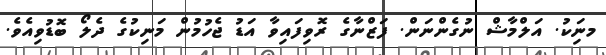
މނަިކު. އަލްމާޝް ނުގެންނަން. ފަޒްނާގެ ރޮވިފައިވާ އަޑު ޖެހުމުން މަނިކުގެ ދެލޯ ބޮޑުވިއެވެ.